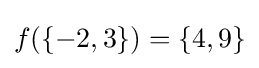
f(\{-2,3\})=\{4,9\}